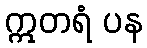
ဣတရံ ပန